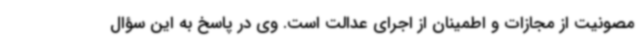
مصونیت از مجازات و اطمینان از اجرای عدالت است. وی در پاسخ به این سؤال